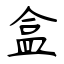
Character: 盒